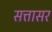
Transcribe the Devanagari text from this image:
सत्तासर